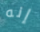
إنه